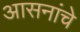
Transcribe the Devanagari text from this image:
आसनांचे